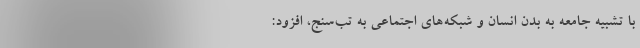
با تشبیه جامعه به بدن انسان و شبکه‌های اجتماعی به تب‌سنج، افزود: